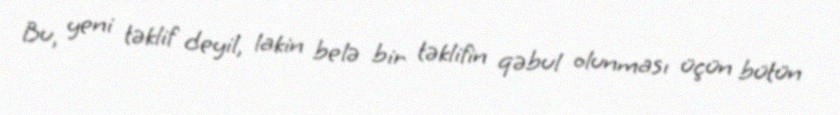
Bu, yeni təklif deyil, lakin belə bir təklifin qəbul olunması üçün bütün